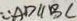
\because A D / / B C